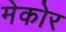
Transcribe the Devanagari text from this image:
मेकोर